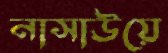
নাসাউয়ে